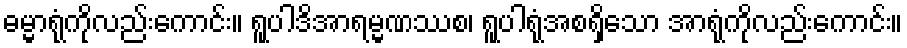
ဓမ္မာရုံကိုလည်းကောင်း။ ရူပါဒိအာရမ္မဏဿစ၊ ရူပါရုံအစရှိသော အာရုံကိုလည်းကောင်း။